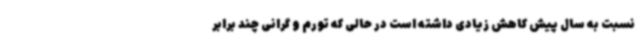
نسبت به سال پیش کاهش زیادی داشته است در حالی که تورم و گرانی چند برابر